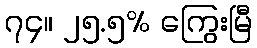
၇၄။ ၂၅.၅% ကြွေးမြီ